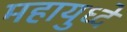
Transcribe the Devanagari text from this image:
महायुध्दे